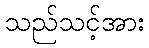
သည်သင့်အား